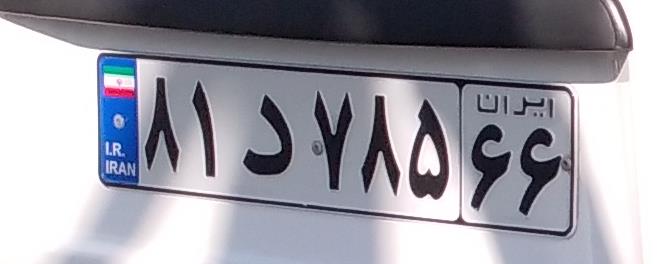
۸۱د۷۸۵۶۶